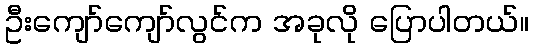
ဦးကျော်ကျော်လွင်က အခုလို ပြောပါတယ်။